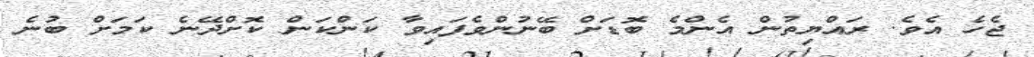
ޖެހެ އެވެ. ރައްޔިތުން އެންމެ ބޮޑަށް ބޭނުންވެފައިވާ ކަންކަން ކޮށްދޭނެ ކަމަށް ބުނެ